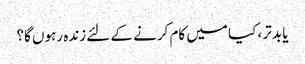
یا بدتر ، کیا میں کام کرنے کے لئے زندہ رہوں گا؟